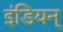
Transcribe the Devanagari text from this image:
इंडियन्